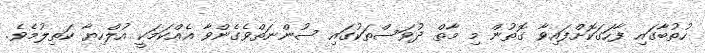
ހުތުބާގައި ފާހަގަކޮށްފައިވާ ގޮތުން މި މާތް ދުވަސްތަކުގައި ސުންނަތްވެގެންވާ އެއްކަމަކީ އުލްހިޔާ ކަތިލުމެވެ.